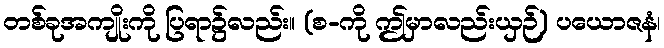
တစ်ခုအကျိုးကို ပြရာ၌လည်း။ (စ-ကို ဤမှာလည်းယှဉ်) ပယောဇနံ၊